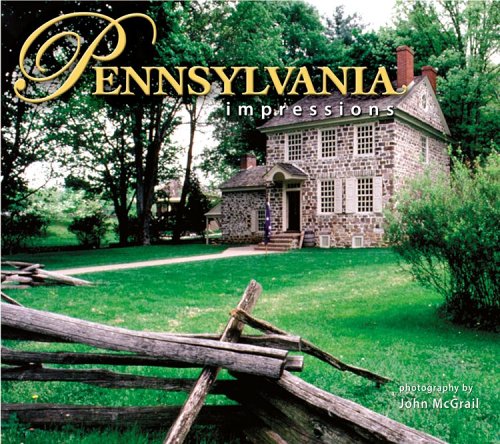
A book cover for Pennsylvania Impressions; photography by John McGrail; Travel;